Annual administration report of the Civil Veterinary Department, Ajmere-Merwara, British Rajputana - 1914-1940
Year: 1914
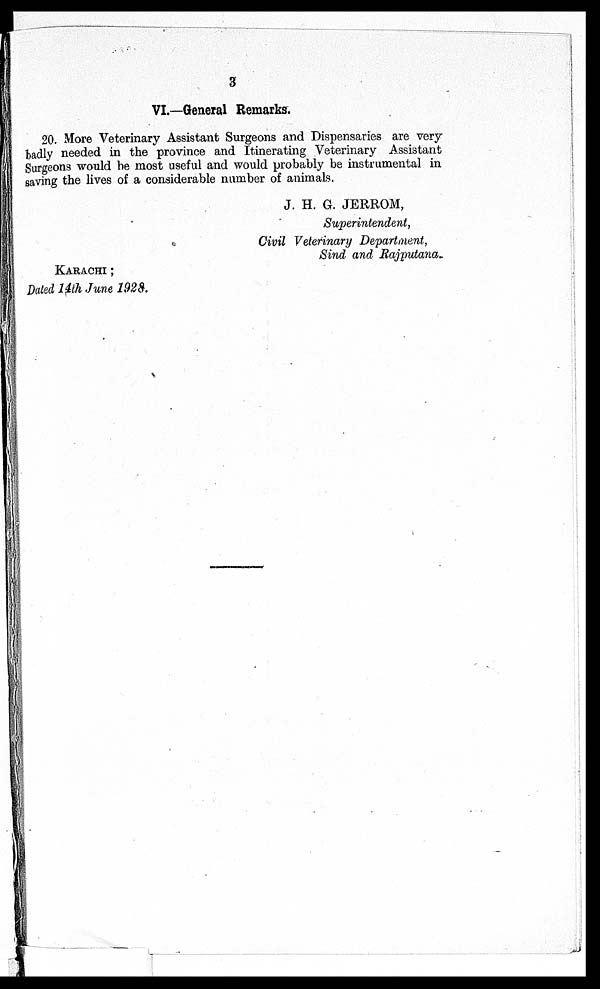
3
VI.—General Remarks.
20. More Veterinary Assistant Surgeons and Dispensaries are very
badly needed in the province and Itinerating Veterinary Assistant
Surgeons would be most useful and would probably be instrumental in
saving the lives of a considerable number of animals.
J. H. G. JERROM,
Superintendent,
Civil Veterinary Department,
Sind and Rajputana.
KARACHI ;
Dated 14th June 1928.